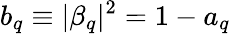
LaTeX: b_{q}\equiv|\beta_{q}|^{2}=1-a_{q}